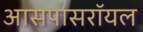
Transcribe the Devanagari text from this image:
आसपासरॉयल